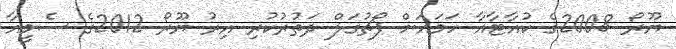
ޔޫރޯ 2008ގެ ކުއާޓާއާ ހަމައަށް ޕޯޗުގަލް ދަތުރުކުރި އިރު ޔޫރޯ 2012ގެ ސެމީއާ